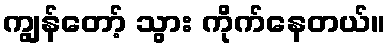
ကျွန်တော့် သွား ကိုက်နေတယ်။